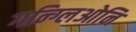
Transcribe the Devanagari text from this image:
गन्ग्लिओनि